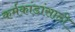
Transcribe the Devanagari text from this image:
कर्मकांडांसाठी